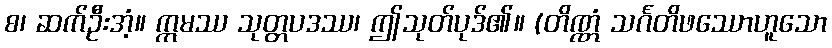
စ၊ ဆက်ဦးအံ့။ ဣမဿ သုတ္တပဒဿ၊ ဤသုတ်ပုဒ်၏။ (တိဏ္ဏံ သင်္ဂတိဖဿောဟူသော